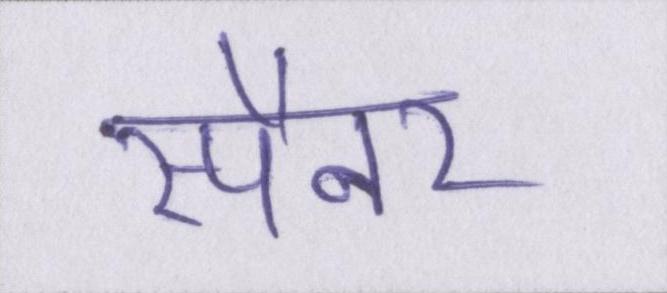
स्पैनर